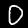
Digit: 0